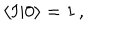
\langle I | 0 \rangle = 1 \, ,